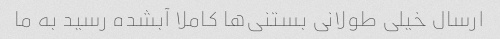
ارسال خیلی طولانی بستنی‌ها کاملا آبشده رسید به ما